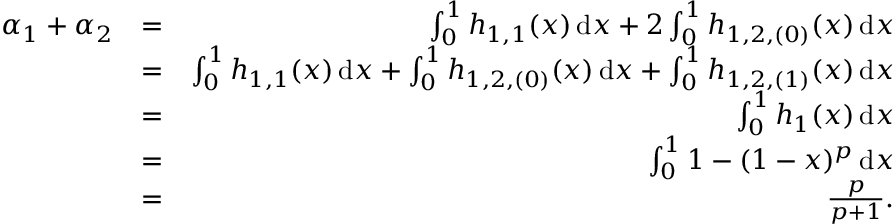
\begin{array} { r l r } { \alpha _ { 1 } + \alpha _ { 2 } } & { = } & { \int _ { 0 } ^ { 1 } h _ { 1 , 1 } ( x ) \, \mathrm { d } x + 2 \int _ { 0 } ^ { 1 } h _ { 1 , 2 , ( 0 ) } ( x ) \, \mathrm { d } x } \\ & { = } & { \int _ { 0 } ^ { 1 } h _ { 1 , 1 } ( x ) \, \mathrm { d } x + \int _ { 0 } ^ { 1 } h _ { 1 , 2 , ( 0 ) } ( x ) \, \mathrm { d } x + \int _ { 0 } ^ { 1 } h _ { 1 , 2 , ( 1 ) } ( x ) \, \mathrm { d } x } \\ & { = } & { \int _ { 0 } ^ { 1 } h _ { 1 } ( x ) \, \mathrm { d } x } \\ & { = } & { \int _ { 0 } ^ { 1 } 1 - ( 1 - x ) ^ { p } \, \mathrm { d } x } \\ & { = } & { \frac { p } { p + 1 } . } \end{array}